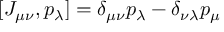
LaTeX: [ J _ { \mu \nu } , p _ { \lambda } ] = \delta _ { \mu \nu } p _ { \lambda } - \delta _ { \nu \lambda } p _ { \mu }